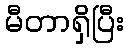
မီတာရှိပြီး